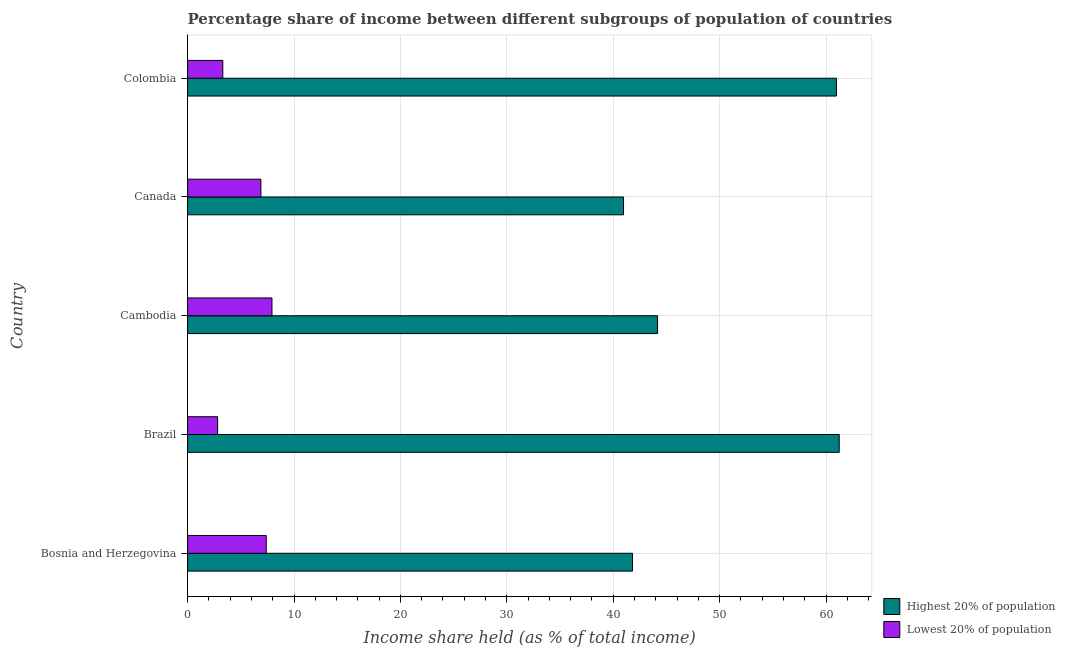
| Country | Highest 20% of population | Lowest 20% of population |
 | --- | --- | --- |
 | Bosnia and Herzegovina | 41.8 | 7.39 |
 | Brazil | 61.2 | 2.82 |
 | Cambodia | 44.2 | 7.93 |
 | Canada | 41 | 6.89 |
 | Colombia | 61 | 3.31 |